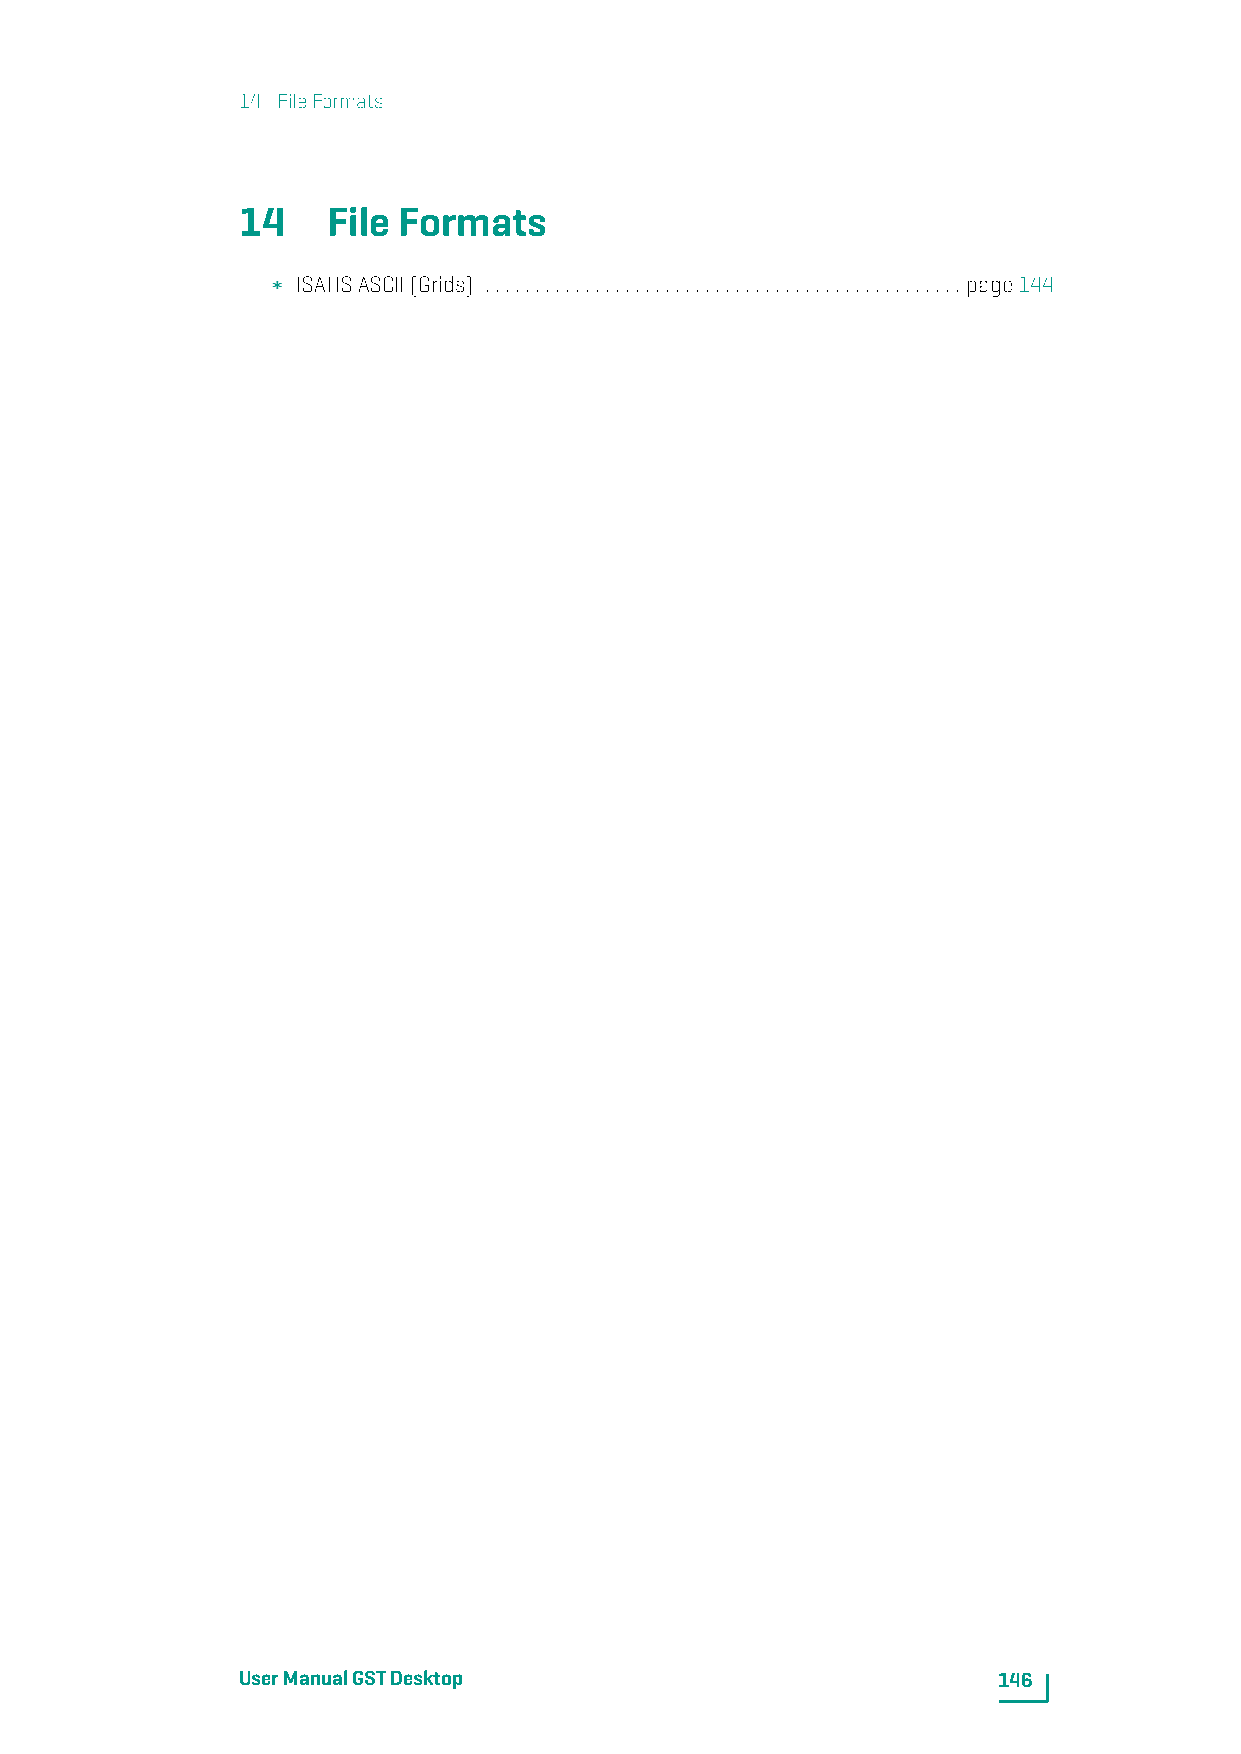
14. FileFormats
 14    File Formats
 ISATISASCII(Grids) ................................................page144
 UserManualGSTDesktop                              146